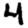
Digit: 4